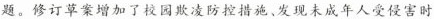
题。修订草案增加了校园欺凌防控措施x发现未成年人受侵害时